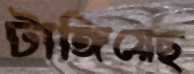
টাঙ্গিয়েছ